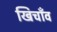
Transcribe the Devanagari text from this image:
खिचाँव